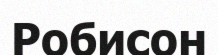
Робисон